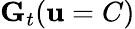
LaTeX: \mathbf{G}_{t}(\mathbf{u}=C)